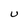
Character: U